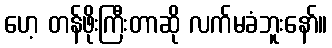
ဟေ့ တန်ဖိုးကြီးတာဆို လက်မခံဘူးနော်။